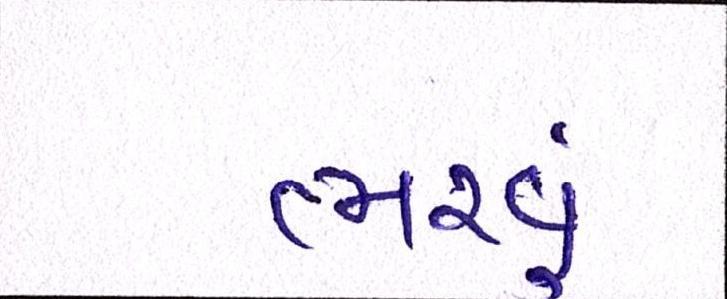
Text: ભરવું